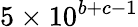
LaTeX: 5\times 10^{b+c-1}